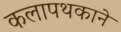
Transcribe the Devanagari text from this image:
कलापथकाने